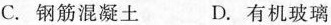
C.钢筋混凝土 D.有机玻璃